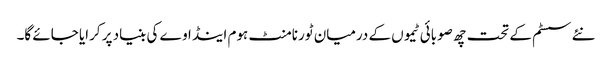
نئے سسٹم کے تحت چھ صوبائی ٹیموں کے درمیان ٹورنامنٹ ہوم اینڈ اوے کی بنیاد پر کرایا جائے گا۔